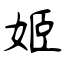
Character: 姬